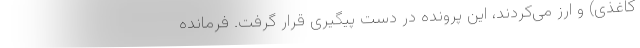
کاغذی) و ارز می‌کردند، این پرونده در دست پیگیری قرار گرفت. فرمانده